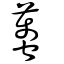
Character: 蠆